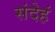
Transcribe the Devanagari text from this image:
संदेहं